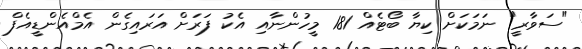
"ސަވާރީ" ނަމަކަށް ކިޔާ ބޯޓެއް 181 މީހުންނާއި އެކު ފަރަށް އަރައިގެން އެމްއެންޑީއެފް